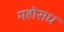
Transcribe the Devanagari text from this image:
महोसध